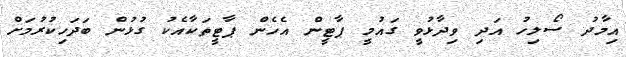
އިމާދު ސޯލިހު އަދި ވިދާޅުވީ ގައުމީ ޕާޓީން އެހެން ޕާޓީތަކާއެކު ގުޅުން ބަދަހިކުރުމަށް